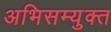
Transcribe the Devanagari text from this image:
अभिसम्युक्त